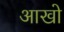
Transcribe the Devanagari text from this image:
आखो